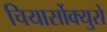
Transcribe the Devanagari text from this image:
चियार्सोक्युरो